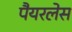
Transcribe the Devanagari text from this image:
पैयरलेस